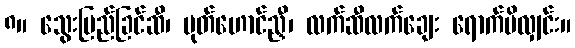
၈။ သွေးပြည်ခြင်ဆီ၊ ပုတ်ဟောင်ညှီ၊ လက်ဆီလက်ချေး ရောက်မိလျှင်း။